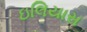
ઇલિયાસ